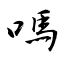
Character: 嗎